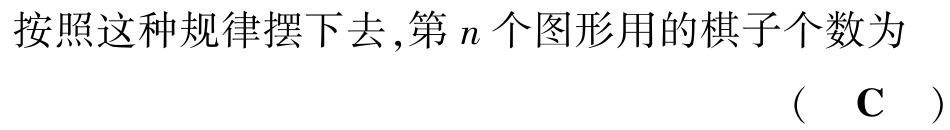
按照这种规律摆下去,第\(n\)个图形用的棋子个数为 （ \(\text{C}\) ）